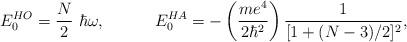
LaTeX: \begin{align*}E_{0}^{HO}= \frac{N}{2}~ \hbar\omega, ~~~~~~~~~E_{0}^{HA}= -\left(\frac{me^4}{2\hbar^2}\right)\frac{1}{[1+(N-3)/2]^2},\end{align*}